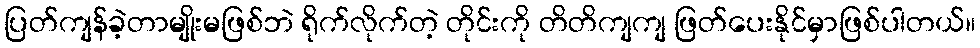
ပြတ်ကျန်ခဲ့တာမျိုးမဖြစ်ဘဲ ရိုက်လိုက်တဲ့ တိုင်းကို တိတိကျကျ ဖြတ်ပေးနိုင်မှာဖြစ်ပါတယ်။